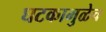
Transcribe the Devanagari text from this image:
घटकामुळेच